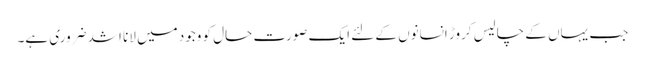
جب یہاں کے چالیس کروڑ انسانوں کے لئے ایک صورت حال کو وجود میں لانا اشد ضروری ہے۔